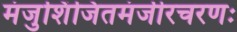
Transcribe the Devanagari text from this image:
मंजुशिंजितमंजीरचरणः